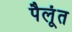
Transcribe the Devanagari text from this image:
पैलूंत